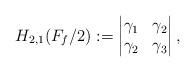
LaTeX: \begin{align*}H_{2,1}(F_{f}/2):= \begin{vmatrix}\gamma_1 & \gamma_2 \\\gamma_2 & \gamma_3\end{vmatrix},\end{align*}